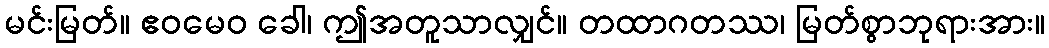
မင်းမြတ်။ ဧဝမေဝ ခေါ၊ ဤအတူသာလျှင်။ တထာဂတဿ၊ မြတ်စွာဘုရားအား။